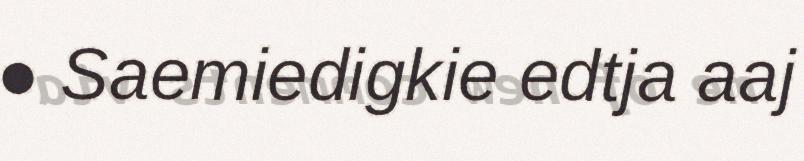
● Saemiedigkie edtja aaj